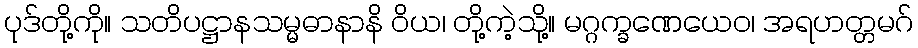
ပုဒ်တို့ကို။ သတိပဋ္ဌာနသမ္မဓာနာနိ ဝိယ၊ တို့ကဲ့သို့။ မဂ္ဂက္ခဏေယေဝ၊ အရဟတ္တမဂ်